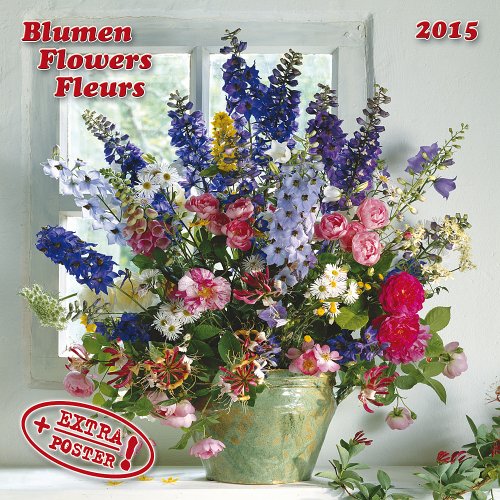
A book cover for Flowers; Tushita Publishing; Calendars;